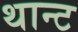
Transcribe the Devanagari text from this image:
थान्ट